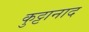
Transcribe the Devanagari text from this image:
कुट्टानाद